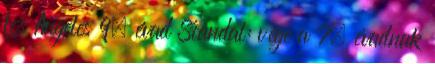
Los Angeles 9. évad Scandal: vége a 7. évadnak